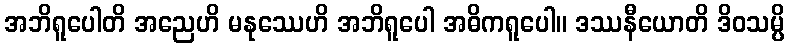
အဘိရူပေါတိ အညေဟိ မနုဿေဟိ အဘိရူပေါ အဓိကရူပေါ။ ဒဿနီယောတိ ဒိဝသမ္ပိ